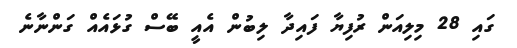
ގައި 28 މިލިއަން ރުފިޔާ ފައިދާ ލިބުން އެއީ ބޭސް ގުޅައެއް ގަންނާނެ